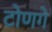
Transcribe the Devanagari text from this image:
टोणगे